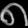
Digit: ၈